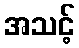
အသင့်